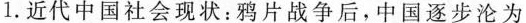
1.近代中国社会现状：鸦片战争后，中国逐步沦为